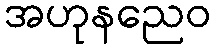
အဟုနညေဝ